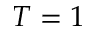
T = 1